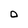
Character: 0